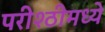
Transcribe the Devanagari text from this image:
परीश्ठीमध्ये